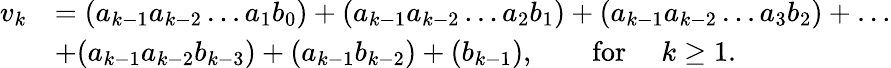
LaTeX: \begin{array}{rl}{v_{k}}&{=(a_{k-1}a_{k-2}\dots a_{1}b_{0})+(a_{k-1}a_{k-2}\dots a_{2}b_{1})+(a_{k-1}a_{k-2}\dots a_{3}b_{2})+\dots}\\ &{+(a_{k-1}a_{k-2}b_{k-3})+(a_{k-1}b_{k-2})+(b_{k-1}),\qquad\mathrm{for~}\quad k\ge 1.}\end{array}